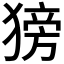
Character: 𬌿